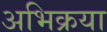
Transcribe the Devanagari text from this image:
अभिक्रया